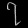
Digit: ၇